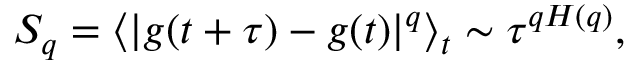
S _ { q } = \langle | g ( t + \tau ) - g ( t ) | ^ { q } \rangle _ { t } \sim \tau ^ { q H ( q ) } ,